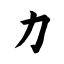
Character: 力